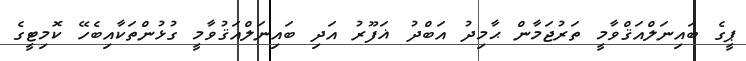
ޕީގެ ބައިނަލްއަޤްވާމީ ތަރުޖަމާން ޙާމިދު އަބްދު ޣަފޫރު އަދި ބައިނަލްއަޤުވާމީ ގުޅުންތަކާއިބެހޭ ކޮމިޓީގެ